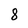
Character: 8